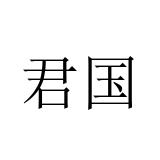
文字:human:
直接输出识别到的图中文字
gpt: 君国